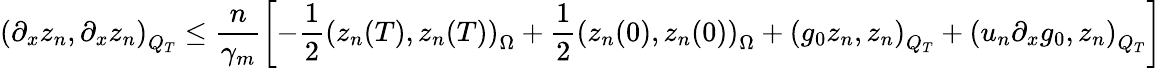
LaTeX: \left(\partial_{x}z_{n},\partial_{x}z_{n}\right)_{Q_{T}}\leq\frac{n}{\gamma_{m}}\left[-\frac{1}{2}\left(z_{n}(T),z_{n}(T)\right)_{\Omega}+\frac{1}{2}\left(z_{n}(0),z_{n}(0)\right)_{\Omega}+\left(g_{0}z_{n},z_{n}\right)_{Q_{T}}+\left(u_{n}\partial_{x}g_{0},z_{n}\right)_{Q_{T}}\right]